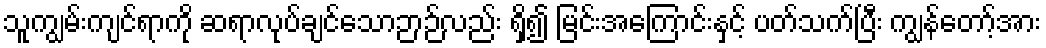
သူကျွမ်းကျင်ရာကို ဆရာလုပ်ချင်သောဉာဉ်လည်း ရှိ၍ မြင်းအကြောင်းနှင့် ပတ်သက်ပြီး ကျွန်တော့်အား